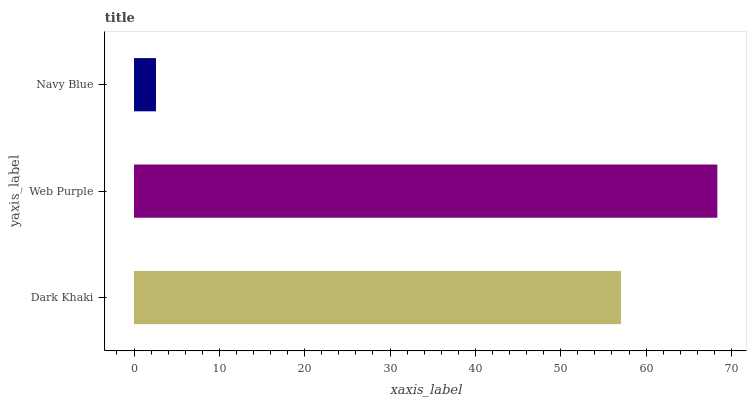
| yaxis_label | bars |
 | --- | --- |
 | Dark Khaki | 57.1 |
 | Web Purple | 68.3 |
 | Navy Blue | 2.57 |